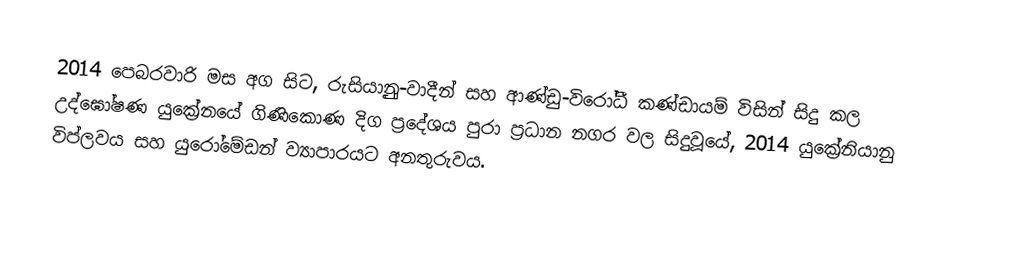
2014 පෙබරවාරි මස අග සිට, රුසියානුු-වාදීන් සහ ආණ්ඩු-විරෝධී කණ්ඩායම් විසින් සිදු කල උද්ඝෝෂණ යුක්‍රේනයේ ගිණිකොණ දිග ප්‍රදේශය පුරා ප්‍රධාන නගර වල සිදුවූයේ, 2014 යුක්‍රේනියානු විප්ලවය සහ යුරෝමේඩන්  ව්‍යාපාරයට අනතුරුවය.